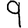
Digit: 9